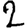
Digit: 2